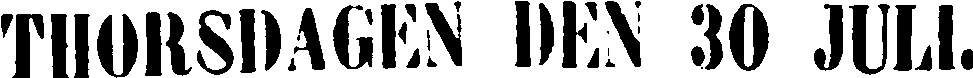
THORSDAGEN DEN 30 JULI.